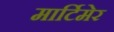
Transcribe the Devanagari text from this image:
मार्टिमेर